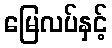
မြေလပ်နှင့်